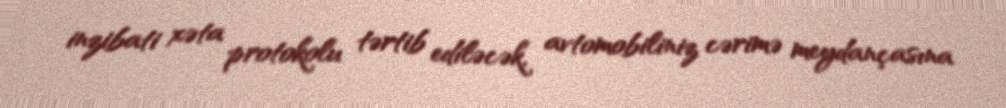
inzibati xəta protokolu tərtib ediləcək, avtomobiliniz cərimə meydançasına